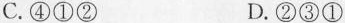
C.④①② D.②③①